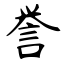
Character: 誉